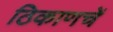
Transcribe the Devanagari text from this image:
ठिकाणचें